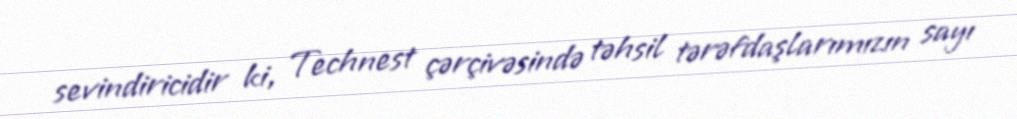
sevindiricidir ki, Technest çərçivəsində təhsil tərəfdaşlarımızın sayı